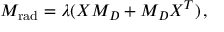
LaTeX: M _ { \mathrm { r a d } } = \lambda ( X M _ { D } + M _ { D } X ^ { T } ) \, ,